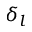
\delta _ { l }